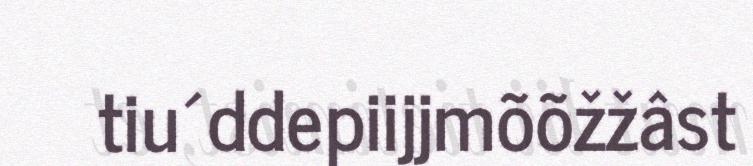
tiu´ddepiijjmõõžžâst